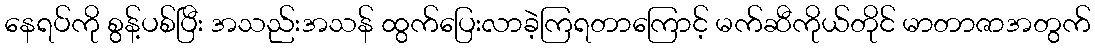
နေရပ်ကို စွန့်ပစ်ပြီး အသည်းအသန် ထွက်ပြေးလာခဲ့ကြရတာကြောင့် မက်ဆီကိုယ်တိုင် မာတာဇာအတွက်